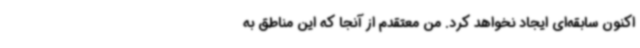
اکنون سابقه‌ای ایجاد نخواهد کرد. من معتقدم از آنجا که این مناطق به